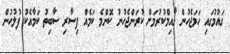
ގައުމުގައި ހަމަޖެހުން ގާއިމްކުރުމަށް ކުރަންޖެހުނު ކޮންމެ ކަމެެއް ފިސާރި ސާބިތު ކަމާއެކު ފުލުހުން